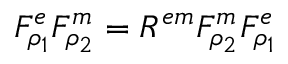
F _ { \rho _ { 1 } } ^ { e } F _ { \rho _ { 2 } } ^ { m } = R ^ { e m } F _ { \rho _ { 2 } } ^ { m } F _ { \rho _ { 1 } } ^ { e }